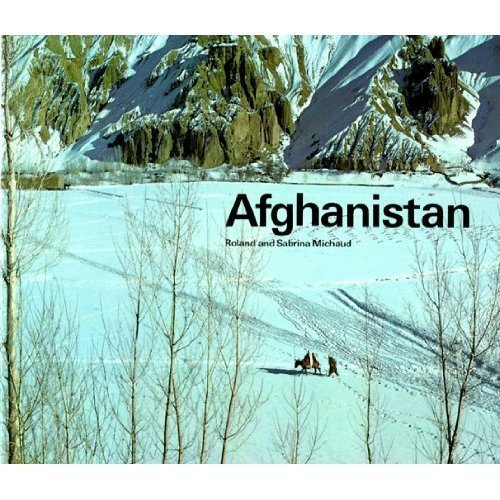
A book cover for Afghanistan: Paradise Lost; Roland Michaud; Travel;